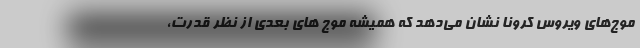
موج‌های ویروس کرونا نشان می‌دهد که همیشه موج های بعدی از نظر قدرت،